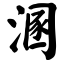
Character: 溷